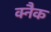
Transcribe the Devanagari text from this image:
क्नैक